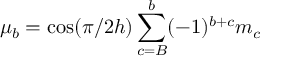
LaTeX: \mu _ { b } = \cos ( \pi / 2 h ) \sum _ { c = B } ^ { b } ( - 1 ) ^ { b + c } m _ { c }